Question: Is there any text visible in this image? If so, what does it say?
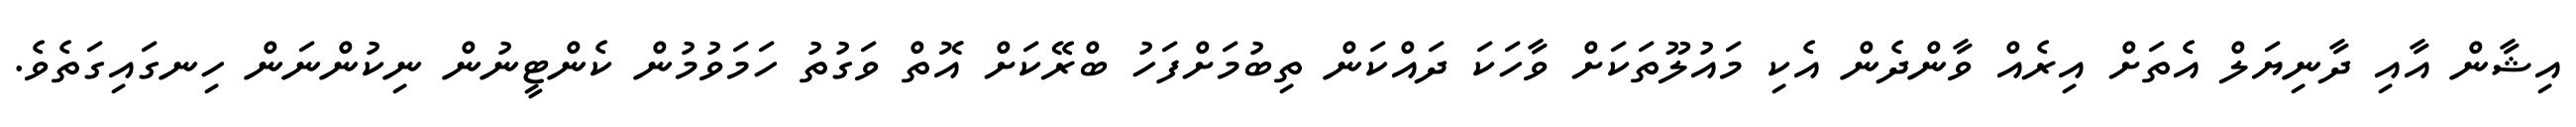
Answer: އިޝާން އާއި ދާނިޔަލް އެތަށް އިރެއް ވާންދެން އެކި މައުލޫތަކަށް ވާހަކަ ދައްކަން ތިބުމަށްފަހު ބްރޭކަށް އޮތް ވަގުތު ހަމަވުމުން ކެންޓީނުން ނިކުންނަން ހިނގައިގަތެވެ.